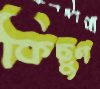
কিছুণ